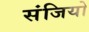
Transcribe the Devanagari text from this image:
संजियो